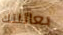
بعائلتك